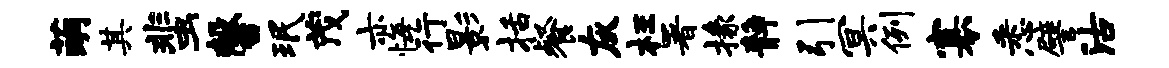
萌其蜚馨珉茂亦悔行影括餐灰枉署掾静引冥例寡悉譬沽